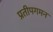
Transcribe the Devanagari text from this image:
प्रतीपगमन